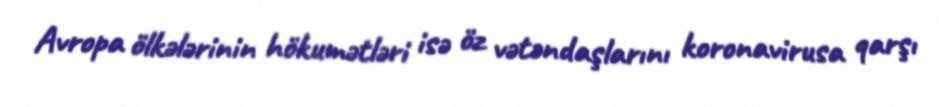
Avropa ölkələrinin hökumətləri isə öz vətəndaşlarını koronavirusa qarşı